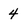
Character: 4